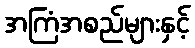
အကြံအစည်များနှင့်